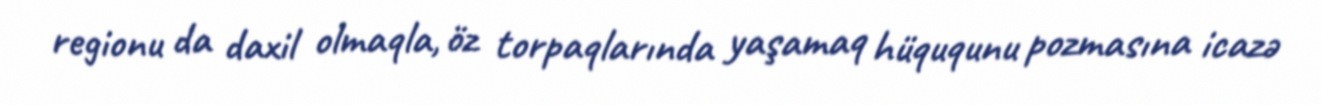
regionu da daxil olmaqla, öz torpaqlarında yaşamaq hüququnu pozmasına icazə